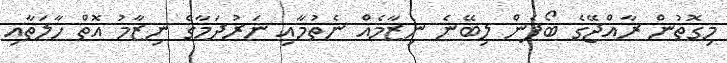
މިގޮތުން ރާއްޖޭގެ ބޯފެން ލިބޭނެ ނިޒާމެއް ނެތުމާއި ނަރުދަމާގެ ނިޒާމު އޮތް ހާލަތާއި